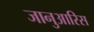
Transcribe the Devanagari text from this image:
जानुआरिस